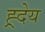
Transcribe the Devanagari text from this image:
ह्र्देय